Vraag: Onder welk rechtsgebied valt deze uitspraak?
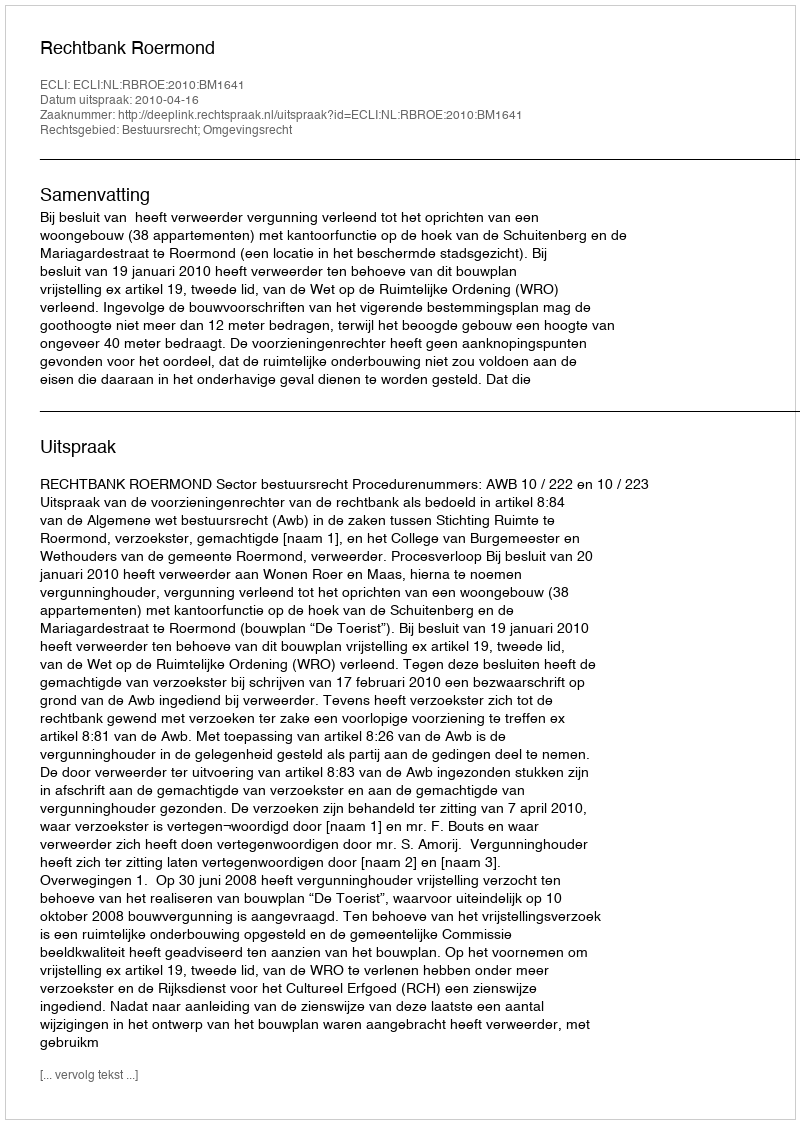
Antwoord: Bestuursrecht; Omgevingsrecht